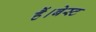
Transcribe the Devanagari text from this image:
हैं।बेस्ट